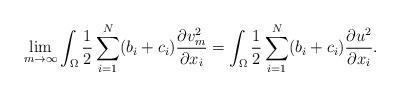
LaTeX: \begin{align*}\lim_{m\rightarrow\infty}\int_\Omega\frac{1}{2}\sum_{i=1}^N (b_i +c_i) \frac{\partial v_m^2}{\partial x_i} = \int_{\Omega}\frac{1}{2}\sum_{i=1}^N (b_i +c_i) \frac{\partial u^2}{\partial x_i}.\end{align*}